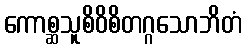
ကောစ္ဆသူစိဝိစိတဂ္ဂသောဘိတံ